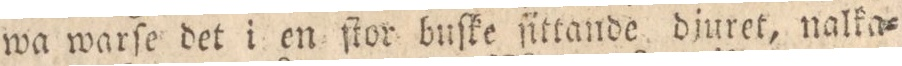
wa warſe det i en ſtor buſke ſittande djuret, nalka=